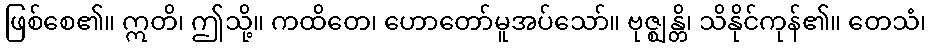
ဖြစ်စေ၏။ ဣတိ၊ ဤသို့။ ကထိတေ၊ ဟောတော်မူအပ်သော်။ ဗုဇ္ဈန္တိ၊ သိနိုင်ကုန်၏။ တေသံ၊